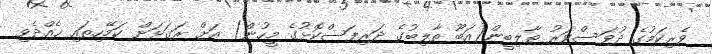
ވެރިކަމުގެ ދުވަސްވަރު ޠާލިބީން(އަބޫ ޠާލިބުގެ ދަރިފަސްކޮޅުގެ މީހުން) އަށް ރަގަޅަށް ކަމޭހިތައި ހެއްދެވި